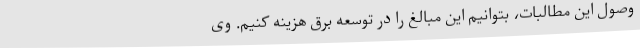
وصول این مطالبات، بتوانیم این مبالغ را در توسعه برق هزینه کنیم. وی